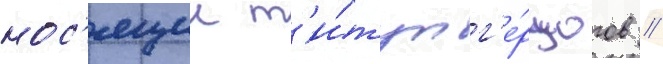
нос'ящии т'и́тул г'е́рцогов //